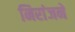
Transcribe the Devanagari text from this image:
निरांजने